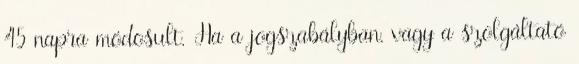
45 napra módosult. Ha a jogszabályban, vagy a szolgáltató